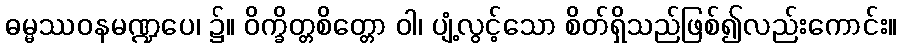
ဓမ္မဿဝနမဏ္ဍပေ၊ ၌။ ဝိက္ခိတ္တစိတ္တော ဝါ၊ ပျံ့လွင့်သော စိတ်ရှိသည်ဖြစ်၍လည်းကောင်း။